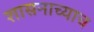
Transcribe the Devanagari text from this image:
शासनाच्याच